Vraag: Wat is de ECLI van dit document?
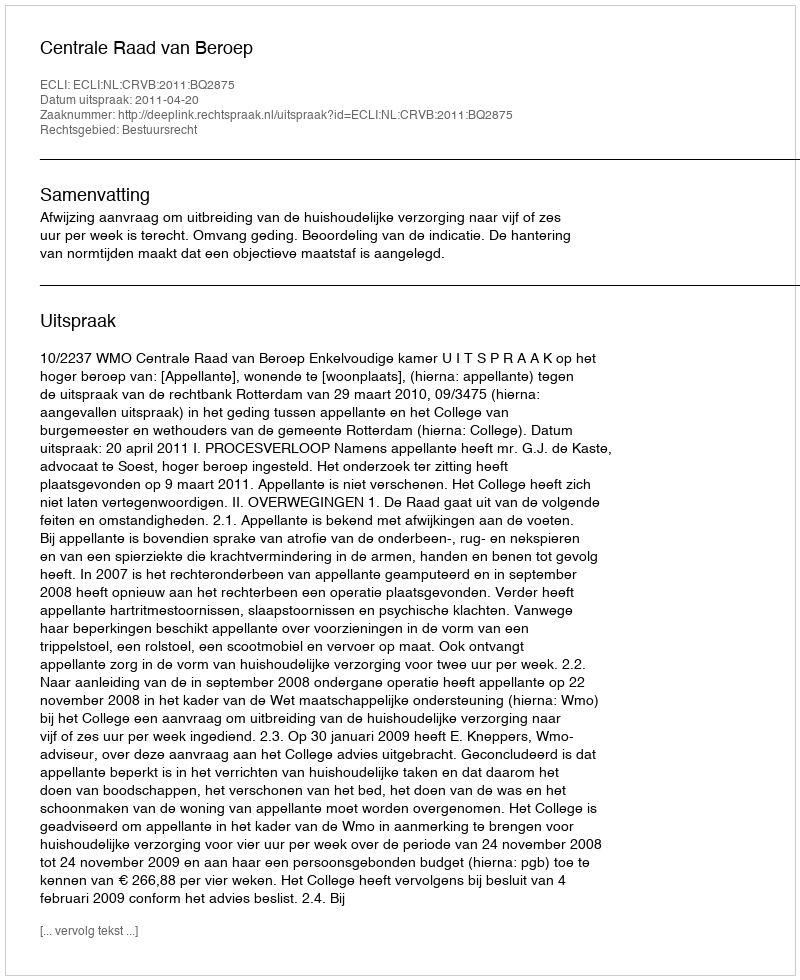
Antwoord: ECLI:NL:CRVB:2011:BQ2875